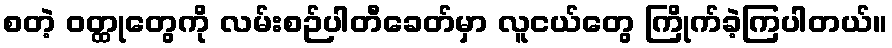
စတဲ့ ဝတ္ထုတွေကို လမ်းစဉ်ပါတီခေတ်မှာ လူငယ်တွေ ကြိုက်ခဲ့ကြပါတယ်။